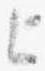
上